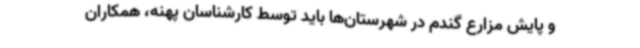
و پایش مزارع گندم در شهرستان‌ها باید توسط کارشناسان پهنه، همکاران